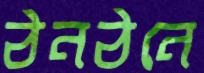
ঠনঠনে